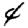
Digit: 4